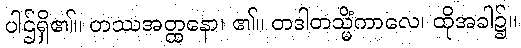
ပါဌ်ရှိ၏။ တဿအတ္ထနော၊ ၏။ တဒါတသ္မိံကာလေ၊ ထိုအခါ၌။